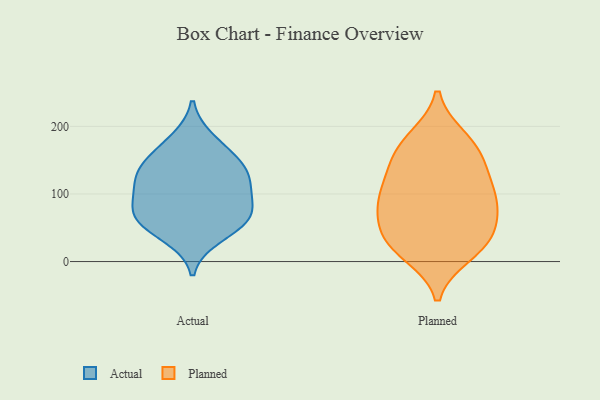
{"axis": {"x": "Budget (USD K)", "y": "Value"}, "legend": ["Actual", "Planned"], "data": [{"x": "", "y": 71, "type": "Actual"}, {"x": "", "y": 106, "type": "Actual"}, {"x": "", "y": 69, "type": "Actual"}, {"x": "", "y": 102, "type": "Actual"}, {"x": "", "y": 137, "type": "Actual"}, {"x": "", "y": 58, "type": "Actual"}, {"x": "", "y": 123, "type": "Actual"}, {"x": "", "y": 180, "type": "Actual"}, {"x": "", "y": 65, "type": "Actual"}, {"x": "", "y": 158, "type": "Actual"}, {"x": "", "y": 137, "type": "Actual"}, {"x": "", "y": 37, "type": "Actual"}, {"x": "", "y": 30, "type": "Planned"}, {"x": "", "y": 72, "type": "Planned"}, {"x": "", "y": 144, "type": "Planned"}, {"x": "", "y": 59, "type": "Planned"}, {"x": "", "y": 183, "type": "Planned"}, {"x": "", "y": 11, "type": "Planned"}, {"x": "", "y": 111, "type": "Planned"}, {"x": "", "y": 89, "type": "Planned"}, {"x": "", "y": 109, "type": "Planned"}, {"x": "", "y": 42, "type": "Planned"}, {"x": "", "y": 181, "type": "Planned"}, {"x": "", "y": 29, "type": "Planned"}, {"x": "", "y": 79, "type": "Planned"}, {"x": "", "y": 102, "type": "Planned"}, {"x": "", "y": 158, "type": "Planned"}, {"x": "", "y": 16, "type": "Planned"}, {"x": "", "y": 152, "type": "Planned"}]}